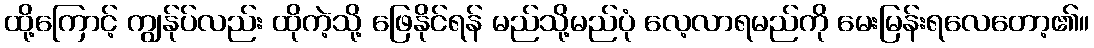
ထို့ကြောင့် ကျွန်ုပ်လည်း ထိုကဲ့သို့ ဖြေနိုင်ရန် မည်သို့မည်ပုံ လေ့လာရမည်ကို မေးမြန်းရလေတော့၏။